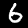
Digit: 6